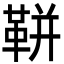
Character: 𩊖